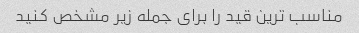
مناسب ترین قید را برای جمله زیر مشخص کنید